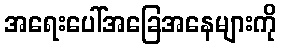
အရေးပေါ်အခြေအနေများကို